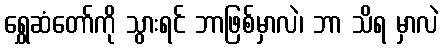
ရွှေဆံတော်ကို သွားရင် ဘာဖြစ်မှာလဲ၊ ဘာ သိရ မှာလဲ